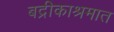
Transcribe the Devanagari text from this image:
बद्रीकाश्रमात